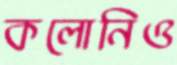
কলোনিও